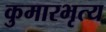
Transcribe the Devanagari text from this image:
कुमारभृत्य